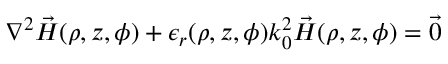
\nabla ^ { 2 } \vec { H } ( \rho , z , \phi ) + \epsilon _ { r } ( \rho , z , \phi ) k _ { 0 } ^ { 2 } \vec { H } ( \rho , z , \phi ) = { \vec { 0 } }